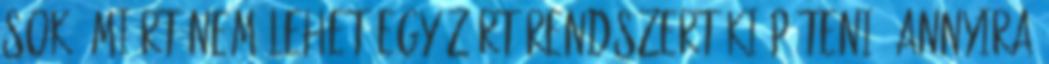
sok, miért nem lehet egy zárt rendszert kiépíteni? Annyira